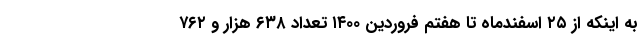
به اینکه از ۲۵ اسفندماه تا هفتم فروردین ۱۴۰۰ تعداد ۶۳۸ هزار و ۷۶۲